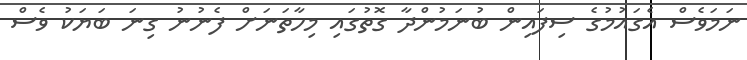
ނަމަވެސް އެގައުމުގެ ސިފައިން ބުނަމުންދާ ގޮތުގައި މިހާތަނަށް ފެނުނު ގިނަ ބަޔަކު ވެސް